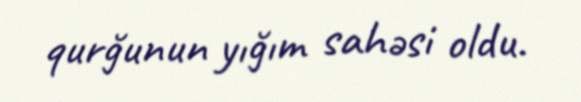
qurğunun yığım sahəsi oldu.